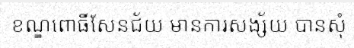
ខណ្ឌពោធិ៍សែនជ័យ មានការសង្ស័យ បានសុំ